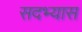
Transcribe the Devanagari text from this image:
सदभ्यास